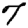
Digit: 7